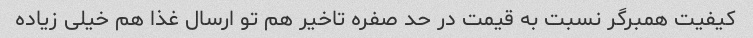
کیفیت همبرگر نسبت به قیمت در حد صفره تاخیر هم تو ارسال غذا هم خیلی زیاده